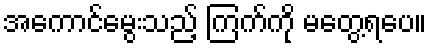
အကောင်မွေးသည့် ကြက်ကို မတွေ့ရပေ။